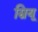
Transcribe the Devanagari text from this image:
स्रियू